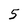
Character: 5